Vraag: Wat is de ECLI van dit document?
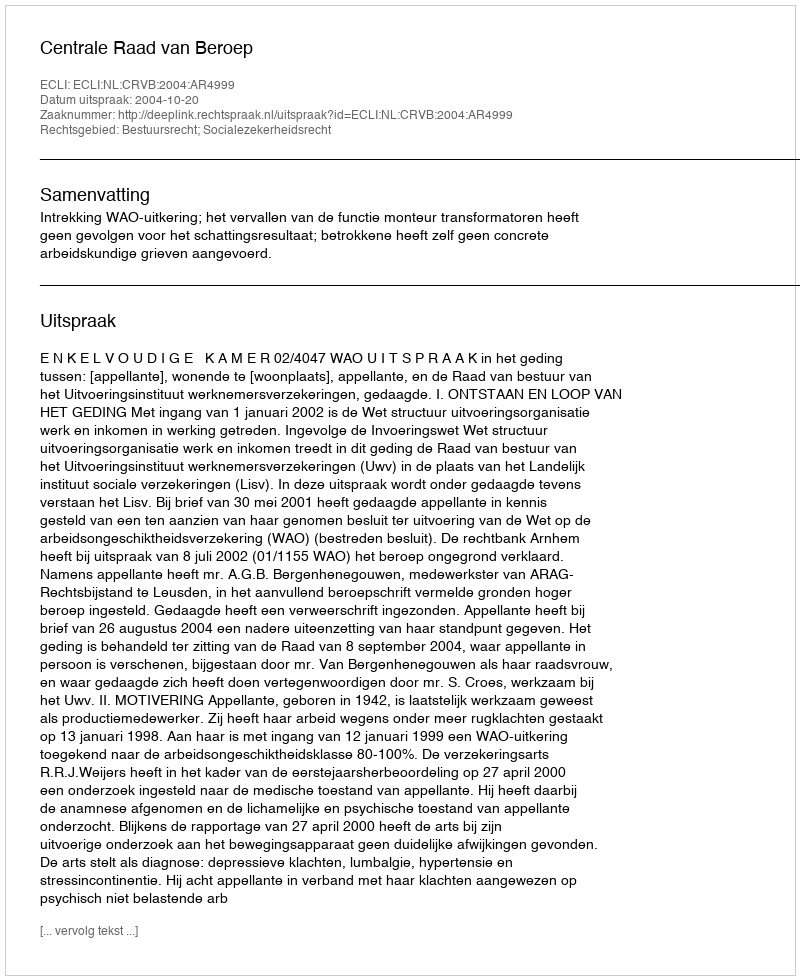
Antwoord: ECLI:NL:CRVB:2004:AR4999